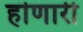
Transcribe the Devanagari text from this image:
हॊणारी